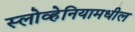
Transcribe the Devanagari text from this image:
स्लोव्हेनियामधील